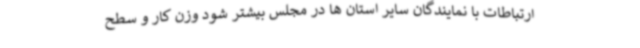
ارتباطات با نمایندگان سایر استان ها در مجلس بیشتر شود وزن کار و سطح